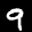
Label: 9